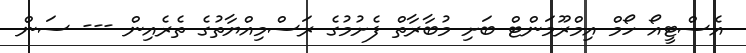
އެސްޓީއޯ ހޯމް އިމްރޫމަންޓް ބަށި މުބާރާތް ފެށުމުގެ ރަސްމިއްޔާތުގެ ތެރެއިން --- ސަން